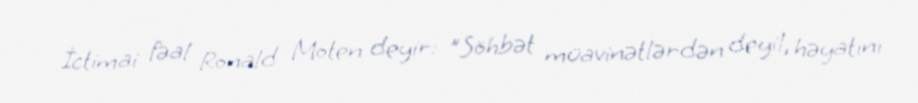
İctimai fəal Ronald Moten deyir: "Söhbət müavinətlərdən deyil, həyatını